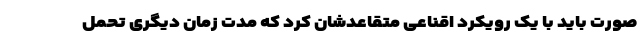
صورت باید با یک رویکرد اقناعی متقاعدشان کرد که مدت زمان دیگری تحمل